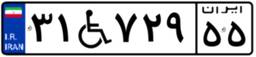
۲۹W۰۸۲۶۲